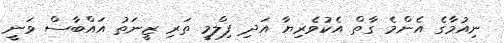
ނިއުމާގެ އެންމެ ގާތް އެކުވެރިޔާ އަދި ފިލްމީ ތަރި ޒީނަތު އައްބާސް ވަނީ